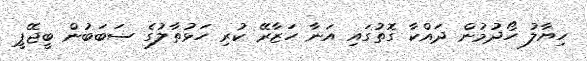
ހިޔާލު ހޯދުމުން ދައްކާ ގޮތުގައި އަނާ ހަޒާރޭ ކުރި ހަޅުތާލުގެ ސަބަބުން ބީޖޭޕީ